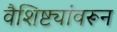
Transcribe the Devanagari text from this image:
वैशिष्ट्यांवरून